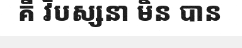
គឺ វិបស្សនា មិន បាន